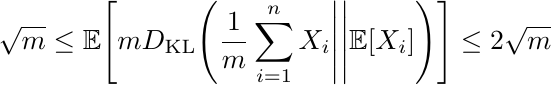
\begin{displaymath}
    \sqrt{m} \leq \mathbb{E}\Bigg[ mD_{\textnormal{KL}}\Bigg(\frac{1}{m}\sum_{i=1}^{n}X_{i}\Bigg|\Bigg|\mathbb{E}[X_{i}]\Bigg)\Bigg] \leq 2\sqrt{m}
\end{displaymath}